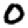
Digit: 0